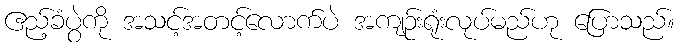
ဧည့်ခံပွဲကို အသင့်အတင့်လောက်ပဲ အကျဉ်းရုံးလုပ်မည်ဟု ပြောသည်။